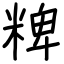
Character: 粺